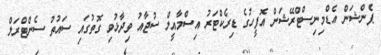
ޕެންޝަން އެޑްމިނިސްޓްރޭޝަން އޮފީހުގެ ޑިރެކްޓަރު އިސްމާއީލް ސުޖާއު ވިދާޅުވި ގޮތުގައި ސައުތު ސެންޓްރަލް